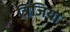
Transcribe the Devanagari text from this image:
त्रिजिया